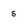
Character: 5